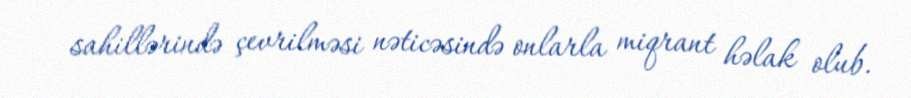
sahillərində çevrilməsi nəticəsində onlarla miqrant həlak olub.